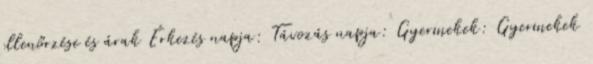
ellenőrzése és árak Érkezés napja: Távozás napja: Gyermekek: Gyermekek